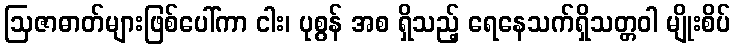
ဩဇာဓာတ်များဖြစ်ပေါ်ကာ ငါး၊ ပုစွန် အစ ရှိသည့် ရေနေသက်ရှိသတ္တဝါ မျိုးစိပ်